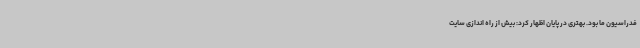
فدراسیون ما بود. بهتری در پایان اظهار کرد: بیش از راه اندازی سایت